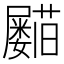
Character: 𡳵